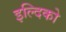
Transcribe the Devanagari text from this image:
इल्दिको